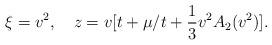
LaTeX: \begin{align*}\xi = v^2,\quad z= v [t + \mu /t + \frac{1}{3}v^2 A_2(v^2) ].\end{align*}